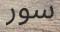
سور